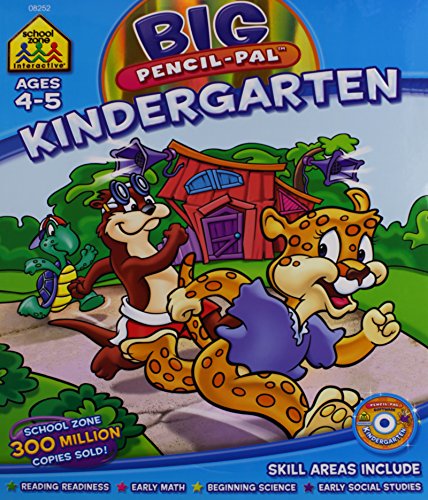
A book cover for Kindergarten BIG Pencil Pal; Gregorich and Hoffman Burton; Children's Books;